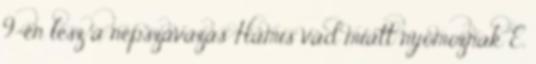
9-én lesz a népszavazás Hamis vád miatt nyomoznak E.